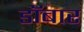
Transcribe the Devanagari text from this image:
डॉबार